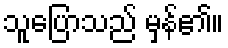
သူပြောသည် မှန်၏။